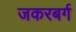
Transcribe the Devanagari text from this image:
जकरबर्ग